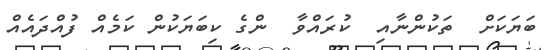
ބަޔަކަށް  ތަކުންނާއި  ކުރައްވާ  ންގެ ކިބަޔަކުން ކަމެއް ފުއްދައެއް